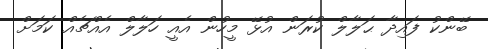
ބޭންކު ފައިދާ ޙަލާލް ކުރަން އުޅޭ މީހުން އެއީ ހަލާލް އެއްޗެއް ކަމަށް